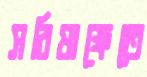
সরিষাক্ষেতে